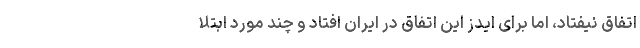
اتفاق نیفتاد، اما برای ایدز این اتفاق در ایران افتاد و چند مورد ابتلا